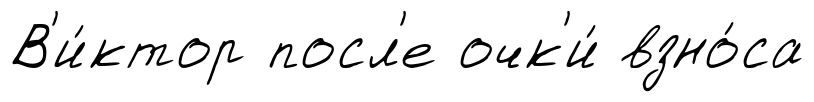
В'и́ктор посл'е очк'и́ взно́са